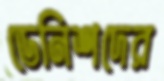
ডেনিশদের